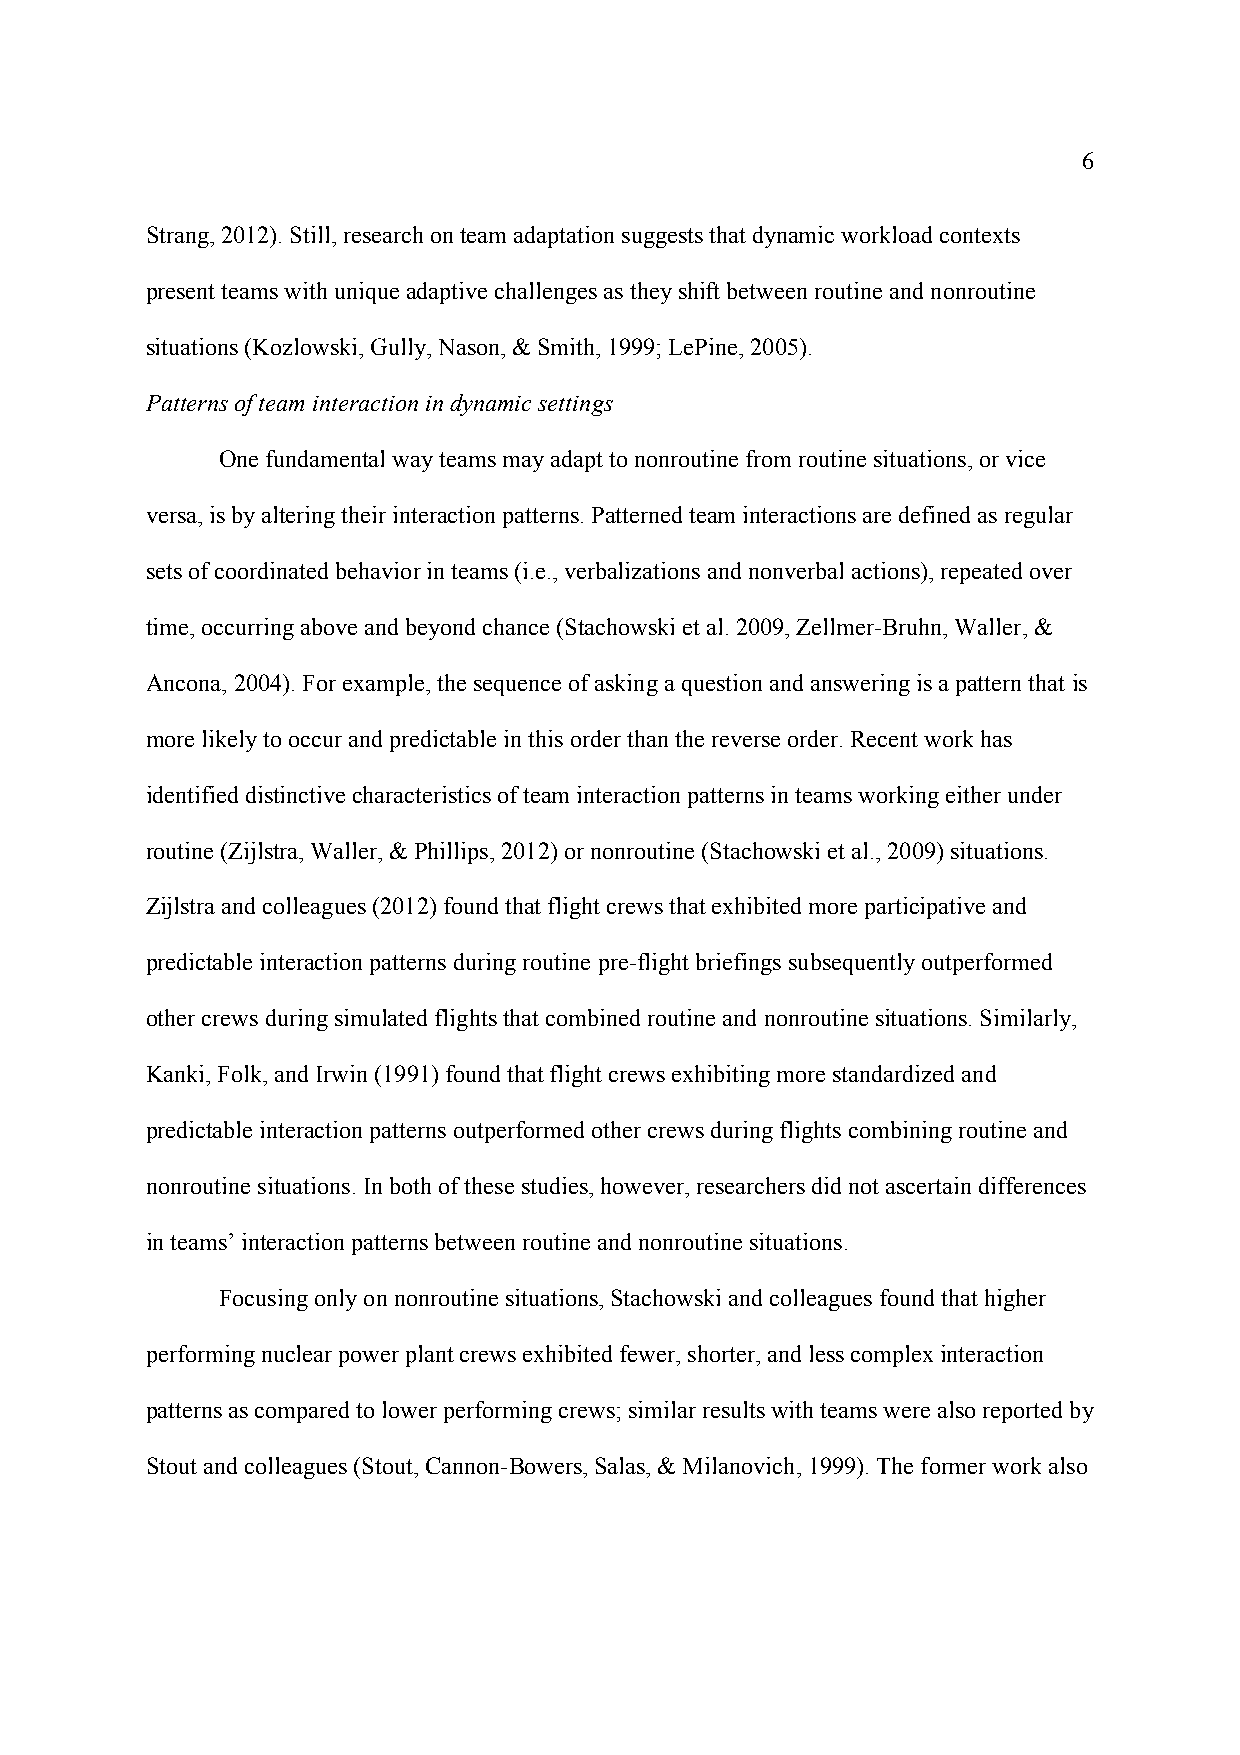
6
 Strang, 2012). Still, research on team adaptation suggests that dynamic workload contexts
 present teams with unique adaptive challenges as they shift between routine and nonroutine
 situations (Kozlowski, Gully, Nason, & Smith, 1999; LePine, 2005).
 Patterns of team interaction in dynamic settings
 One fundamental way teams may adapt to nonroutine from routine situations, or vice
 versa, is by altering their interaction patterns. Patterned team interactions are defined as regular
 sets of coordinated behavior in teams (i.e., verbalizations and nonverbal actions), repeated over
 time, occurring above and beyond chance (Stachowski et al. 2009, Zellmer-Bruhn, Waller, &
 Ancona, 2004). For example, the sequence of asking a question and answering is a pattern that is
 more likely to occur and predictable in this order than the reverse order. Recent work has
 identified distinctive characteristics of team interaction patterns in teams working either under
 routine (Zijlstra, Waller, & Phillips, 2012) or nonroutine (Stachowski et al., 2009) situations.
 Zijlstra and colleagues (2012) found that flight crews that exhibited more participative and
 predictable interaction patterns during routine pre-flight briefings subsequently outperformed
 other crews during simulated flights that combined routine and nonroutine situations. Similarly,
 Kanki, Folk, and Irwin (1991) found that flight crews exhibiting more standardized and
 predictable interaction patterns outperformed other crews during flights combining routine and
 nonroutine situations. In both of these studies, however, researchers did not ascertain differences
 in teams’ interaction patterns between routine and nonroutine situations.
 Focusing only on nonroutine situations, Stachowski and colleagues found that higher
 performing nuclear power plant crews exhibited fewer, shorter, and less complex interaction
 patterns as compared to lower performing crews; similar results with teams were also reported by
 Stout and colleagues (Stout, Cannon-Bowers, Salas, & Milanovich, 1999). The former work also